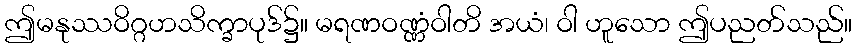
ဤမနုဿဝိဂ္ဂဟသိက္ခာပုဒ်၌။ မရဏဝဏ္ဏံဝါတိ အယံ၊ ဝါ ဟူသော ဤပညတ်သည်။